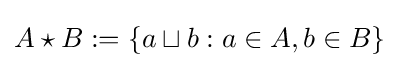
A\star B:=\{a\sqcup b:a\in A,b\in B\}